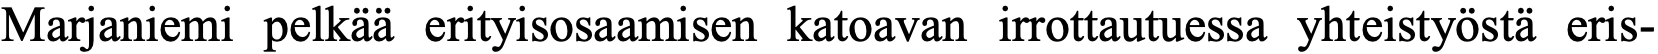
Marjaniemi pelkää erityisosaamisen katoavan irrottautuessa yhteistyöstä eris-